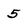
Character: 5